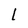
Character: 1